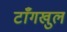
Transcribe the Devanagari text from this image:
टाँगखुल